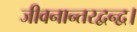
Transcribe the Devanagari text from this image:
जीवनान्तरद्वन्द्व।